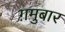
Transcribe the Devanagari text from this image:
ग़मुबार